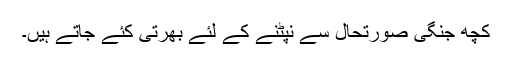
کچھ جنگی صورتحال سے نپٹنے کے لئے بھرتی کئے جاتے ہیں۔